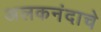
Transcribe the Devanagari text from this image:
अलकनंदाचे